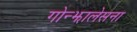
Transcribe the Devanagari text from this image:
गोन्झालेसना